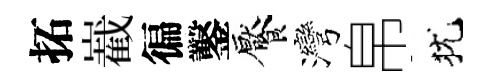
拓嶻徧鑿饜灣帛犹